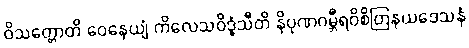
ဝိသတ္တောတိ ဝေနေယျံ ကိလေသဝိဒ္ဓံသီတိ နိပုဏဂမ္ဘီရဝိစိတြနယဒေသနံ